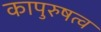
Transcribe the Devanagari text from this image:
कापुरुषत्व